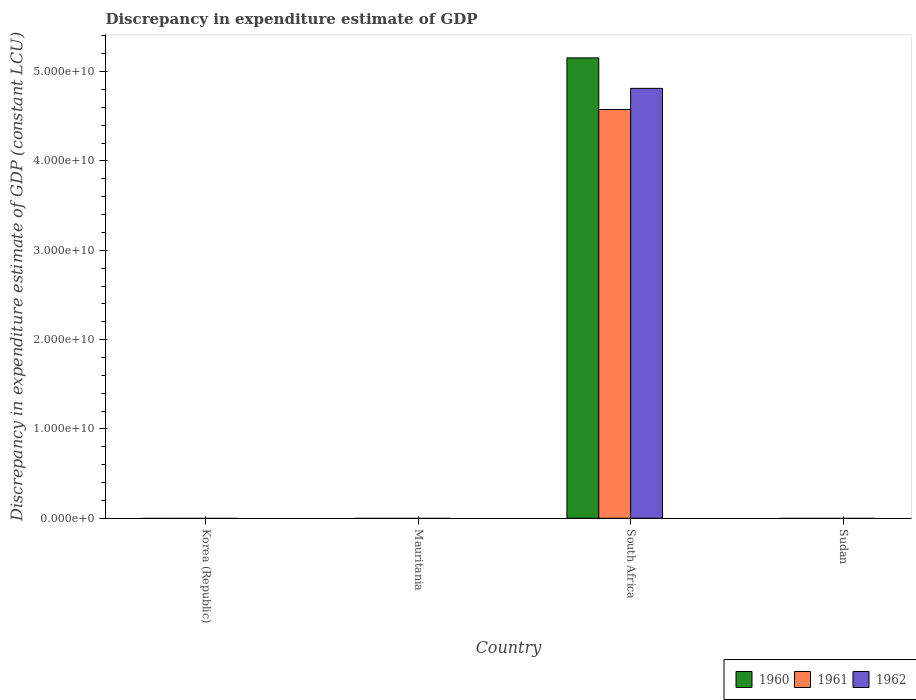
| Country | 1960 | 1961 | 1962 |
 | --- | --- | --- | --- |
 | Korea (Republic) | -1.64e+13 | -1.66e+13 | -1.73e+13 |
 | Mauritania | -6.24e+12 | -1.32e+13 | -1.6e+13 |
 | South Africa | 5.15e+10 | 4.58e+10 | 4.81e+10 |
 | Sudan | -6.55e+08 | -4.47e+08 | -4.68e+08 |